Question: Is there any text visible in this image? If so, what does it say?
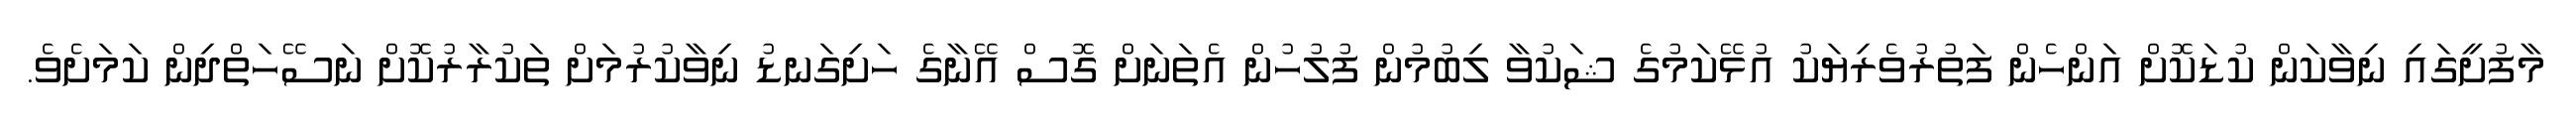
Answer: މާފުށީގައި ނިވާކަން ކުޑަކޮށް އަންހެން ފަތުރުވެރިޔަކު އުޅޭކަމުގެ ޝަކުވާ ލިބުމުން ފުލުހުން އެތަނަށް ގޮސް އޭނާގެ ހަށިގަނޑު ނިވާކުރުމަށް ތަކުރާރުކޮށް ނަސޭހަތްދިން ކަމަށެވެ.